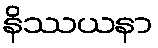
နိဿယနာ